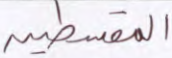
المقسطين